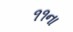
૧૧ના